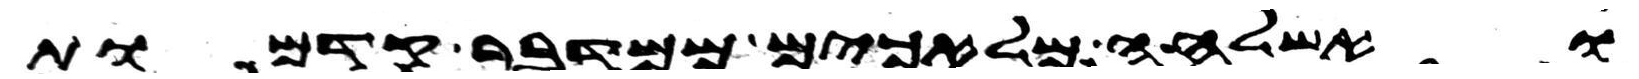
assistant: ואשלחה מלאכים ממדבר קדמות